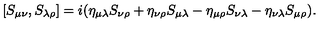
[ S _ { \mu \nu } , S _ { \lambda \rho } ] = i ( \eta _ { \mu \lambda } S _ { \nu \rho } + \eta _ { \nu \rho } S _ { \mu \lambda } - \eta _ { \mu \rho } S _ { \nu \lambda } - \eta _ { \nu \lambda } S _ { \mu \rho } ) .